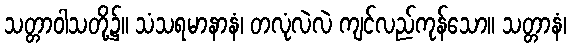
သတ္တာဝါသတို့၌။ သံသရမာနာနံ၊ တလုံလဲလဲ ကျင်လည်ကုန်သော။ သတ္တာနံ၊